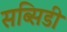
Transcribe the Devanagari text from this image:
सब्सिडी